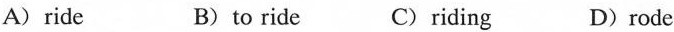
A)ride B)to ride C)riding D)rode